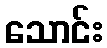
သောင်း